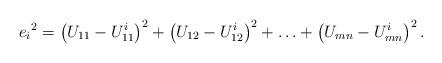
LaTeX: \begin{align*} {e_i}^2 = \left( U_{11} - U^i_{11} \right)^2 + \left( U_{12} - U^i_{12} \right)^2 + \ldots + \left( U_{mn} - U^i_{mn} \right)^2 .\end{align*}